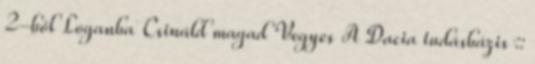
2-ből Loganba Csináld magad Vegyes A Dacia tudásbázis ::